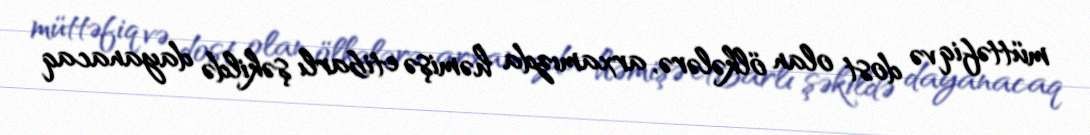
müttəfiq və dost olan ölkələrə, arxamızda həmişə etibarlı şəkildə dayanacaq